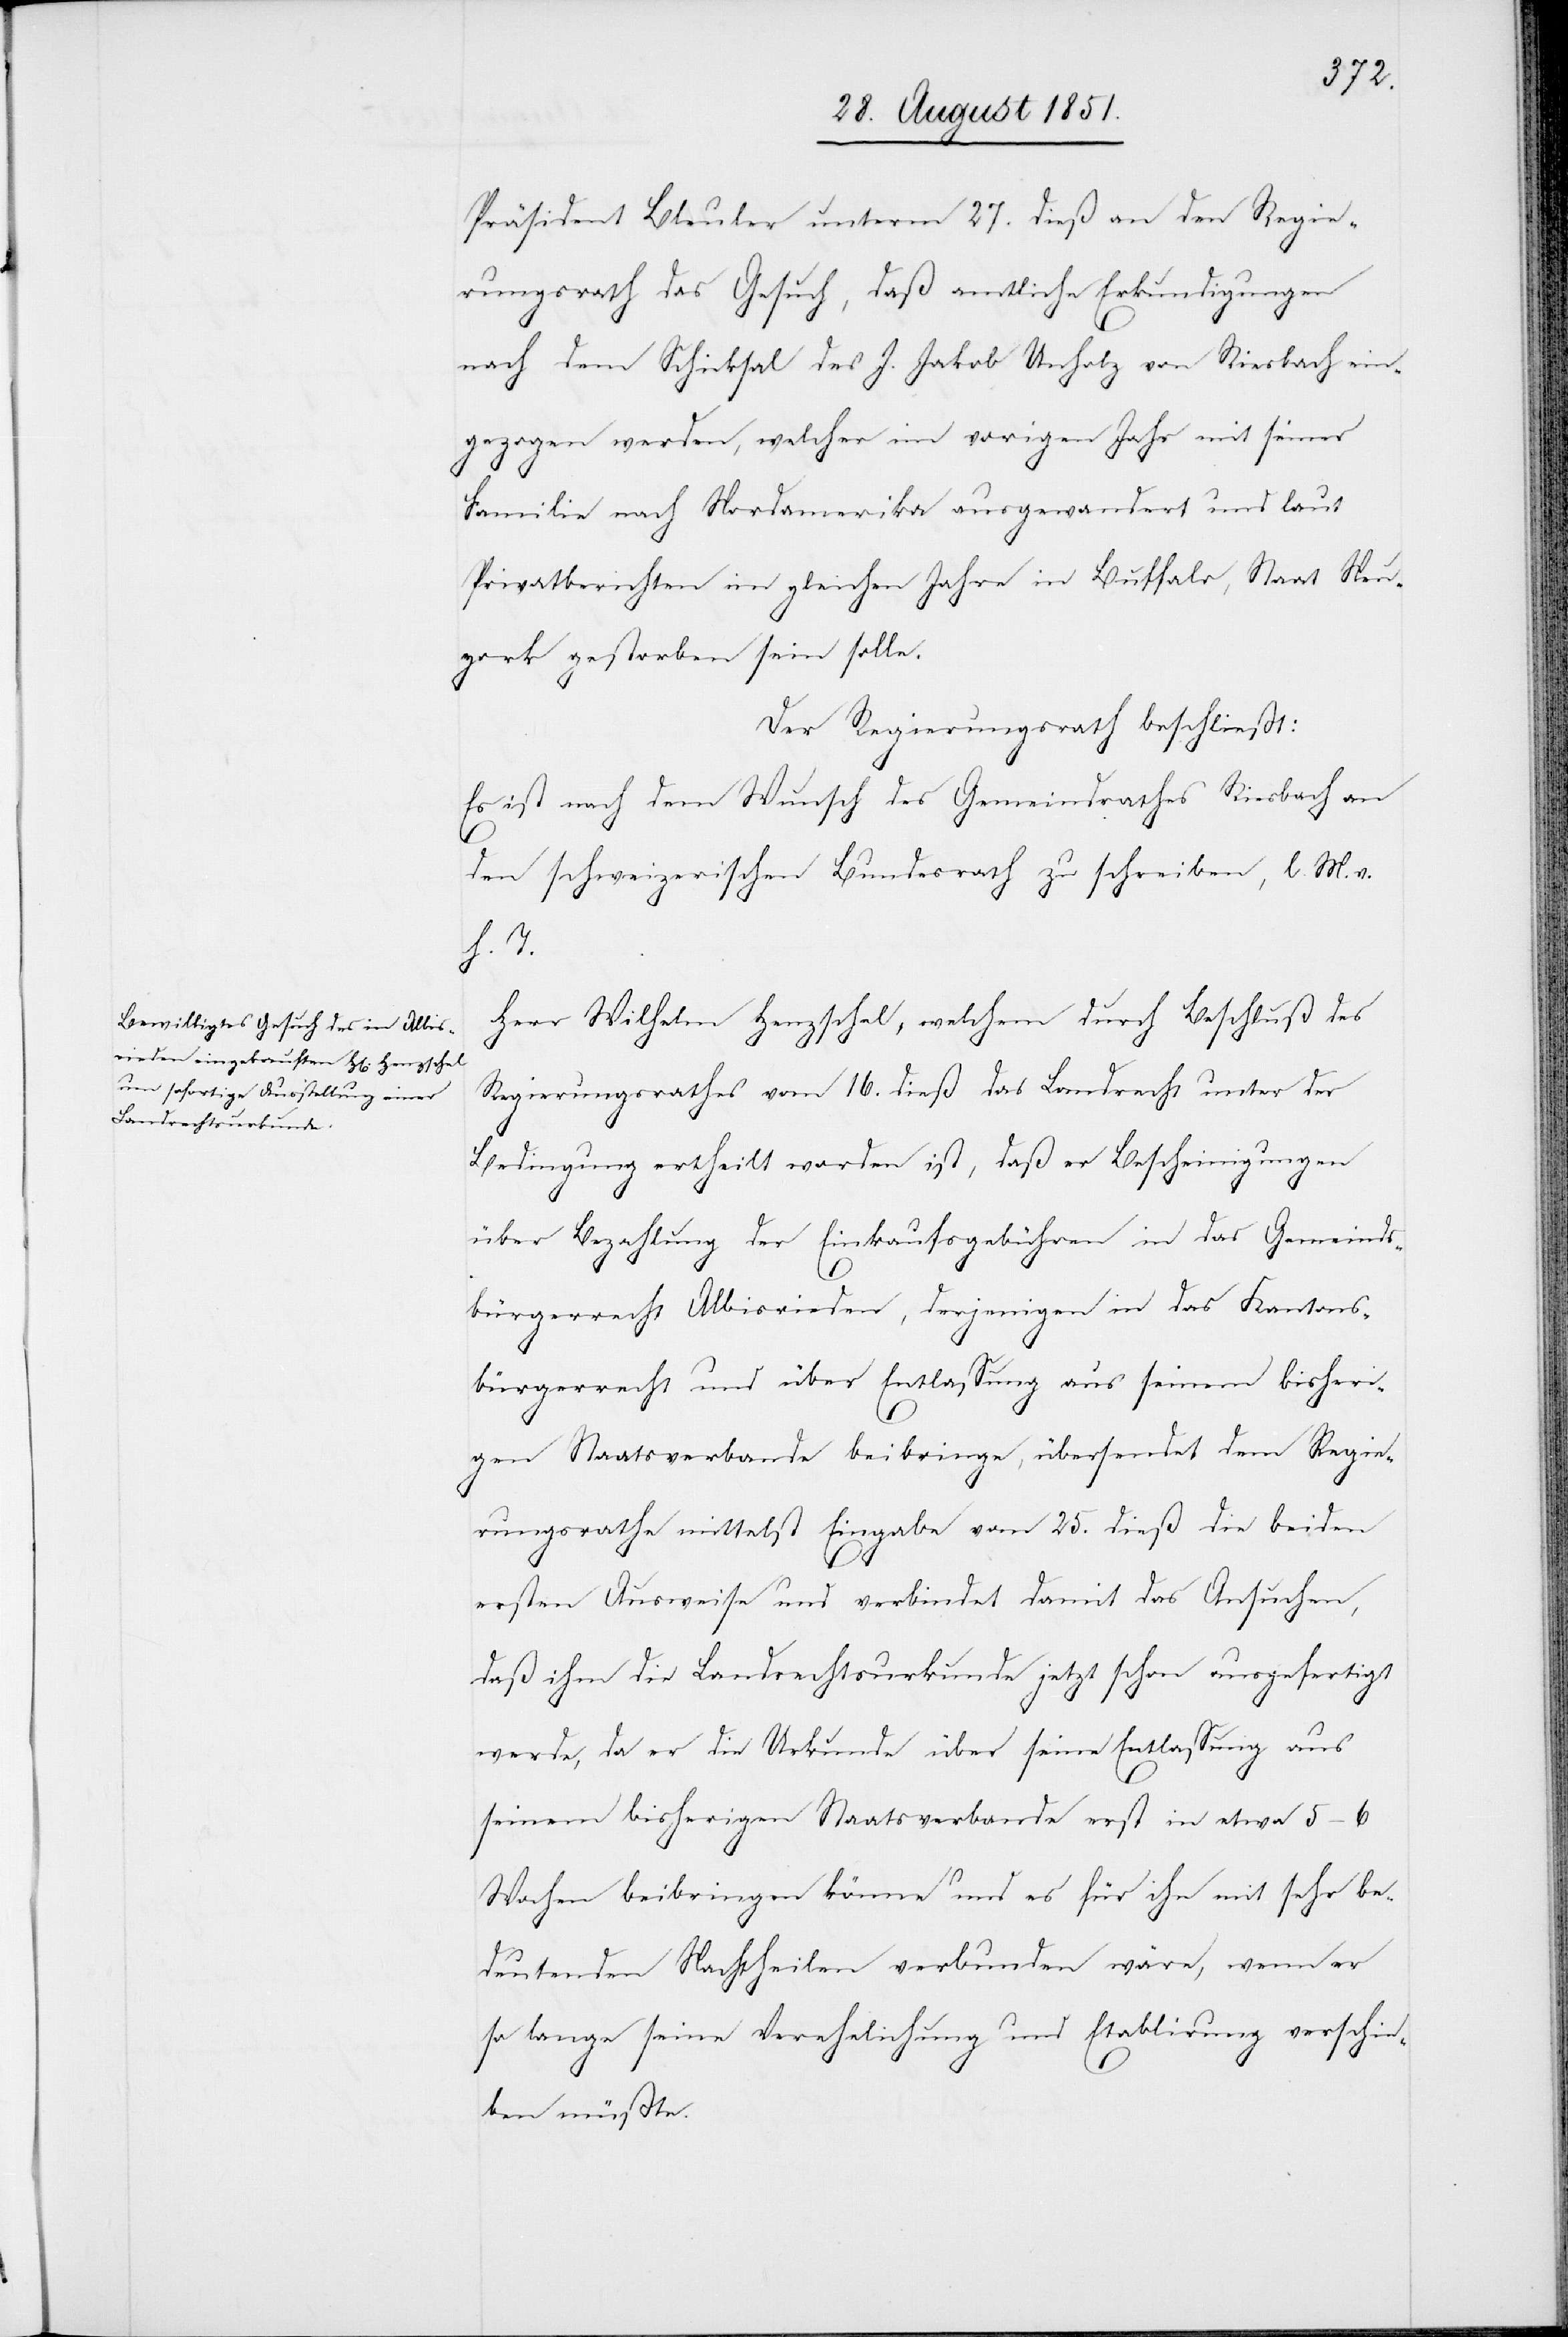
Präsident Bleuler unterm 27. dieß an den Regie¬
rungsrath das Gesuch, daß amtliche Erkundigungen
nach dem Schicksal des J. Jakob Unholz von Riesbach ein¬
gezogen werden, welcher im vorigen Jahr mit seiner
Familie nach Nordamerika ausgewandert und laut
Privatberichten im gleichen Jahre in Buffalo, Staat Neu¬
york gestorben sein solle.
Der Regierungsrath beschließt:
Es ist nach dem Wunsch des Gemeindrathes Riesbach an
den schweizerischen Bundesrath zu schreiben, l. M. v.
h. T.
Herr Wilhelm Henzschel, welchem durch Beschluß des
Regierungsrathes vom 16. dieß das Landrecht unter der
Bedingung ertheilt worden ist, daß er Bescheinigungen
über Bezahlung der Einkaufsgebühren in das Gemeinds¬
bürgerrecht Albisrieden, derjenigen in das Kantons¬
bürgerrecht und über Entlassung aus seinem bisheri¬
gen Staatsverbande beibringe, übersendet dem Regie¬
rungsrathe mittelst Eingabe vom 25. dieß die beiden
ersten Ausweise und verbindet damit das Ansuchen,
daß ihm die Landrechtsurkunde jetzt schon ausgefertigt
werde, da er die Urkunde über seine Entlassung aus
seinem bisherigen Staatsverbande erst in etwa 5–6
Wochen beibringen könne und es für ihn mit sehr be¬
deutenden Nachtheilen verbunden wäre, wenn er
so lange seine Verehelichung und Etablirung verschie¬
ben müßte.